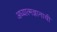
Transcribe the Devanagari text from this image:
अध्यात्मज्ञानाची